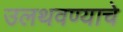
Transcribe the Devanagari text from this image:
उलथवण्याचे